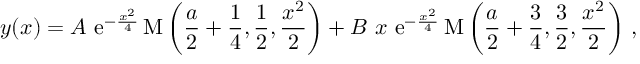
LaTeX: y ( x ) = A \ \mathrm { e } ^ { - \frac { x ^ { 2 } } { 4 } } \, \mathrm { M } \left( \frac { a } { 2 } + \frac { 1 } { 4 } , \frac { 1 } { 2 } , \frac { x ^ { 2 } } { 2 } \right) + B \ x \ \mathrm { e } ^ { - \frac { x ^ { 2 } } { 4 } } \, \mathrm { M } \left( \frac { a } { 2 } + \frac { 3 } { 4 } , \frac { 3 } { 2 } , \frac { x ^ { 2 } } { 2 } \right) \, ,